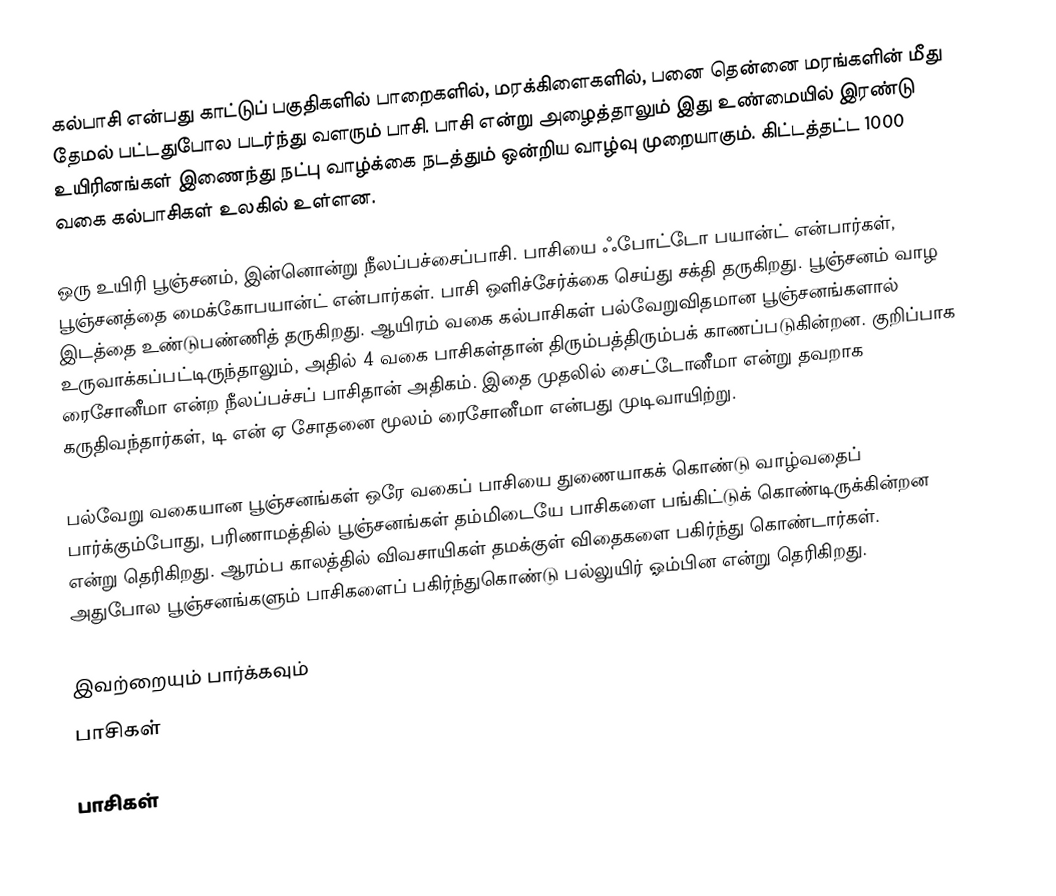
கல்பாசி என்பது காட்டுப் பகுதிகளில் பாறைகளில், மரக்கிளைகளில், பனை தென்னை மரங்களின் மீது தேமல் பட்டதுபோல படர்ந்து வளரும் பாசி. பாசி என்று அழைத்தாலும் இது உண்மையில் இரண்டு உயிரினங்கள் இணைந்து நட்பு வாழ்க்கை நடத்தும் ஒன்றிய வாழ்வு முறையாகும். கிட்டத்தட்ட 1000 வகை கல்பாசிகள் உலகில் உள்ளன.

ஒரு உயிரி பூஞ்சனம், இன்னொன்று நீலப்பச்சைப்பாசி. பாசியை ஃபோட்டோ பயான்ட் என்பார்கள், பூஞ்சனத்தை மைக்கோபயான்ட் என்பார்கள். பாசி ஒளிச்சேர்க்கை செய்து சக்தி தருகிறது. பூஞ்சனம் வாழ இடத்தை உண்டுபண்ணித் தருகிறது. ஆயிரம் வகை கல்பாசிகள் பல்வேறுவிதமான பூஞ்சனங்களால் உருவாக்கப்பட்டிருந்தாலும், அதில் 4 வகை பாசிகள்தான் திரும்பத்திரும்பக் காணப்படுகின்றன. குறிப்பாக ரைசோனீமா என்ற நீலப்பச்சப் பாசிதான் அதிகம். இதை முதலில் சைட்டோனீமா என்று தவறாக கருதிவந்தார்கள், டி என் ஏ சோதனை மூலம் ரைசோனீமா என்பது முடிவாயிற்று.

பல்வேறு வகையான பூஞ்சனங்கள் ஒரே வகைப் பாசியை துணையாகக் கொண்டு வாழ்வதைப் பார்க்கும்போது, பரிணாமத்தில் பூஞ்சனங்கள் தம்மிடையே பாசிகளை பங்கிட்டுக் கொண்டிருக்கின்றன என்று தெரிகிறது. ஆரம்ப காலத்தில் விவசாயிகள் தமக்குள் விதைகளை பகிர்ந்து கொண்டார்கள். அதுபோல பூஞ்சனங்களும் பாசிகளைப் பகிர்ந்துகொண்டு பல்லுயிர் ஓம்பின என்று தெரிகிறது.

இவற்றையும் பார்க்கவும்
பாசிகள்

பாசிகள்